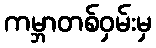
ကမ္ဘာတစ်ဝှမ်းမှ